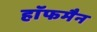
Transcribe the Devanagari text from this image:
हाॅफमैन